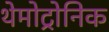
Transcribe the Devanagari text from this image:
थेमोट्रोनिक